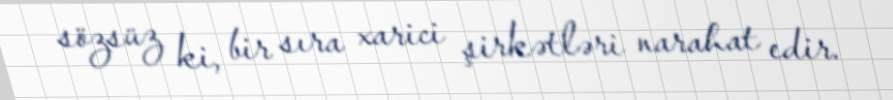
sözsüz ki, bir sıra xarici şirkətləri narahat edir.